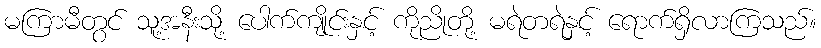
မကြာမီတွင် သူ့အနီးသို့ ပေါက်ကျိုင်းနှင့် ကိုညိုတို့ မရဲတရဲနှင့် ရောက်ရှိလာကြသည်။